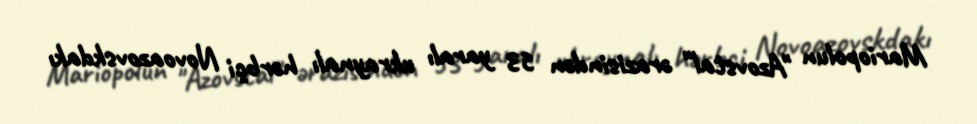
Mariopolun "Azovstal" ərazisindən 53 yaralı ukraynalı hərbçi Novoazovskdakı